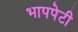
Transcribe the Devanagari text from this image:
भापपेटी